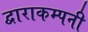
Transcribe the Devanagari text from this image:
द्वाराकम्‍पनी